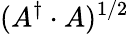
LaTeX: (A^{\dagger}\cdot A)^{1/2}